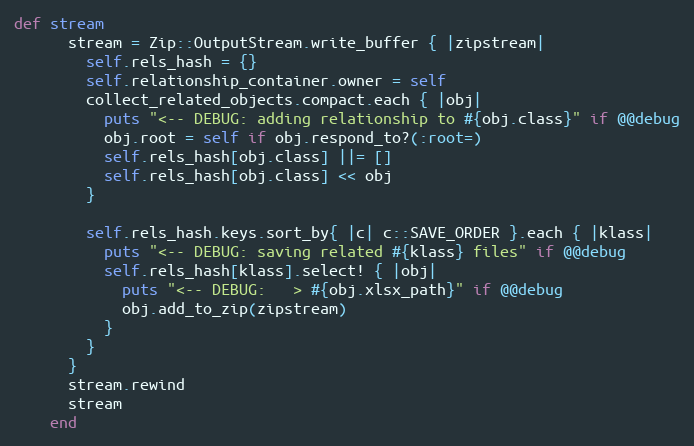
Language: Ruby
def stream
      stream = Zip::OutputStream.write_buffer { |zipstream|
        self.rels_hash = {}
        self.relationship_container.owner = self
        collect_related_objects.compact.each { |obj|
          puts "<-- DEBUG: adding relationship to #{obj.class}" if @@debug
          obj.root = self if obj.respond_to?(:root=)
          self.rels_hash[obj.class] ||= []
          self.rels_hash[obj.class] << obj
        }

        self.rels_hash.keys.sort_by{ |c| c::SAVE_ORDER }.each { |klass|
          puts "<-- DEBUG: saving related #{klass} files" if @@debug
          self.rels_hash[klass].select! { |obj|
            puts "<-- DEBUG:   > #{obj.xlsx_path}" if @@debug
            obj.add_to_zip(zipstream)
          }
        }
      }
      stream.rewind
      stream
    end